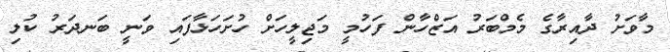
މާވަށު ދާއިރާގެ މެމްބަރު އަޒްހާން ފަހުމީ މަޖިލީހަށް ހުށަހަޅާފައި ވަނީ ބަނދަރު ކުލި